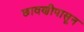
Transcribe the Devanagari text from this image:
छावणीपासून